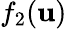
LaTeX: f_{2}({\mathbf{u}})